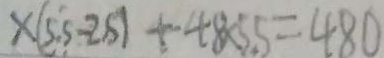
\times ( 5 . 5 - 2 5 ) + 4 8 \times 5 . 5 = 4 8 0